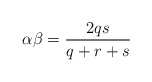
\begin{align*}\alpha \beta=\frac{2qs}{q+r+s} \end{align*}